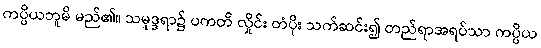
ကပ္ပိယဘူမိ မည်၏။ သမုဒ္ဒရာ၌ ပကတိ လှိုင်း တံပိုး သက်ဆင်း၍ တည်ရာအရပ်သာ ကပ္ပိယ